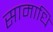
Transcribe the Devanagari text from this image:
सामाधि